Madras plague regulations and rules for the inspection of inward and outward bound vessels - Volume 1
Disease focus: Plague
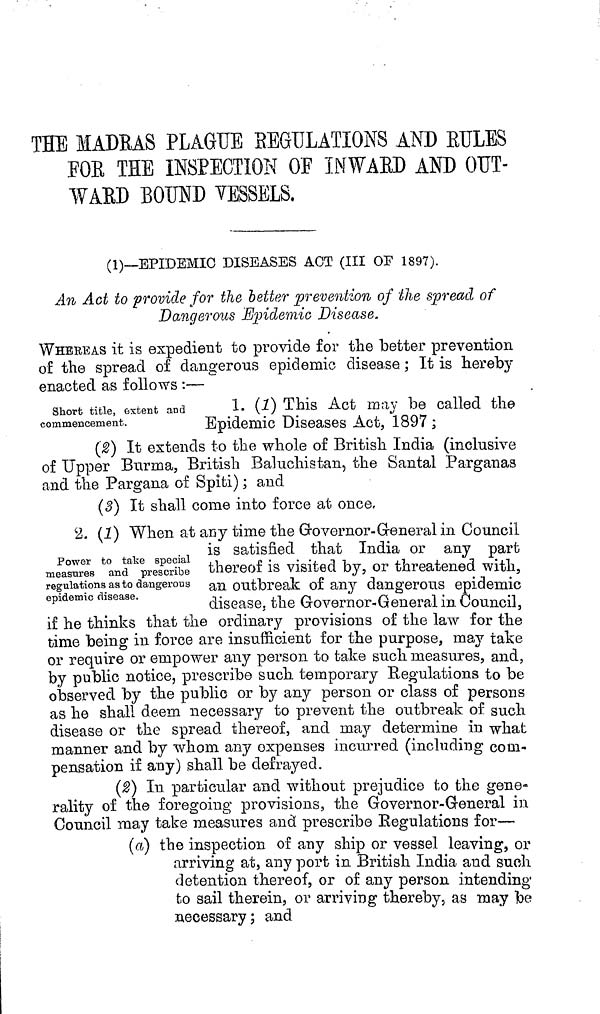
THE MADRAS PLAGUE
REGULATIONS
AND BULES
FOB THE INSPECTION OF IN WARD AND OUT-
WAED BOUND VESSELS,
(1)—EPIDEMIC DISEASES ACT (III OF 1897).
An Act to provide for the better prevention of the spread of
Dangerous Epidemic Disease.
WHEREAS it is expedient to provide for the better prevention
of the spread of dangerous epidemic disease ; It is hereby
enacted as follows :—
Short title, extent and
commencement.
1. (1) This Act may be called the
Epidemic Diseases Act, 1897 ;
(2) It extends to the whole of British India (inclusive
of Upper Burma, British Baluchistan, the Santal Parganas
and the Pargana of Spiti) ; and
(3) It shall come into force at once.
Power to take special
measures and prescribe
regulations as to dangerous
epidemic disease.
2. (1) When at any time the Governor-General in Council
is satisfied that India or any part
thereof is visited by, or threatened with,
an outbreak of any dangerous epidemic
disease, the Governor-General in Council,
if he thinks that the ordinary provisions of the law for the
time being in force are insufficient for the purpose, may take
or require or empower any person to take such measures, and,
by public notice, prescribe such temporary Regulations to be
observed by the public or by any person or class of persons
as he shall deem necessary to prevent the outbreak of such
disease or the spread thereof, and may determine in what
manner and by whom any expenses incurred (including com-
pensation if any) shall be defrayed.
(2) In particular and without prejudice to the gene-
rality of the foregoing provisions, the Governor-General in
Council may take measures and prescribe Eegulations for—
(a) the inspection of any ship or vessel leaving, or
arriving at, any port in British India and such
detention thereof, or of any person intending
to sail therein, or arriving thereby, as may be
necessary; and